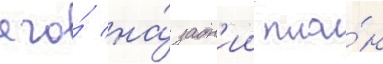
его́ на́ задн'ии пла́н